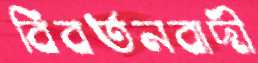
বিবর্তনবাদী